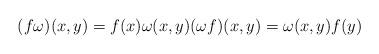
LaTeX: \begin{gather*}(f\omega)(x,y)=f(x)\omega(x, y)(\omega f)(x, y)=\omega(x, y)f(y)\end{gather*}